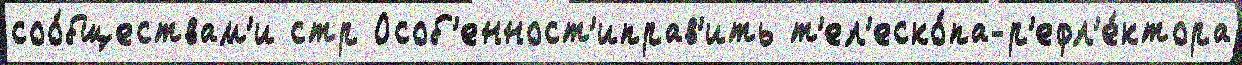
соо́бществам'и стр Особ'енност'иправ'ить т'ел'еско́па-р'ефл'е́ктора